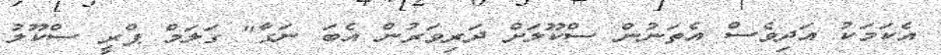
އެކަމަކު އަދިވެސް އެތަނުން ސްކޫލަށް ދަރިވަރުން އެބަ ނަގާ" ގަލަމް ޕްރީ ސްކޫލު